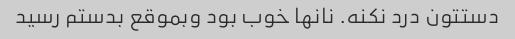
دستتون درد نکنه. نانها خوب بود وبموقع بدستم رسید